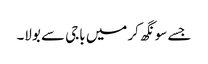
جسے سونگھ کر میں باجی سے بولا۔